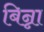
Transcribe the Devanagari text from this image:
बिन्ना